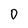
Character: 0